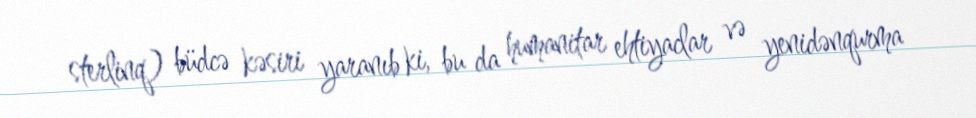
sterlinq) büdcə kəsiri yaranıb ki, bu da humanitar ehtiyaclar və yenidənqurma